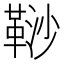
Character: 𩊮